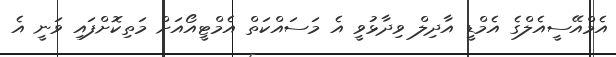
އެމްއޭސީއެލްގެ އެމްޑީ އާދިލް ވިދާޅުވީ އެ މަސައްކަތް އެމްޓީއޯއަށް މަތިކޮށްފައި ވަނީ އެ